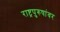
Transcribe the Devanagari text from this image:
राष्ट्रपुरुषांवर